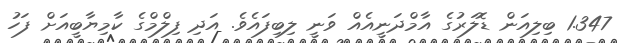
1.347 ބިލިއަން ޑޮލަރުގެ އާމްދަނީއެއް ވަނީ ލިބިފައެވެ. އަދި ފިލްމްގެ ކާމިޔާބީއަށް ފަހު